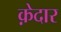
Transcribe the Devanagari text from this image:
क़ेदार